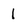
Character: l